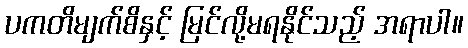
ပကတိမျက်စိနှင့် မြင်လို့မရနိုင်သည့် အရာပါ။